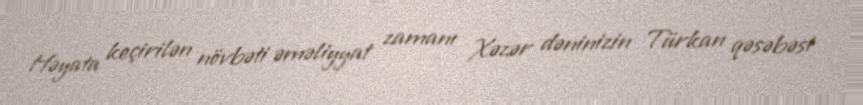
Həyata keçirilən növbəti əməliyyat zamanı Xəzər dəninizin Türkan qəsəbəsi